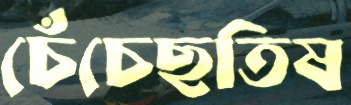
চেঁচেছতিষ